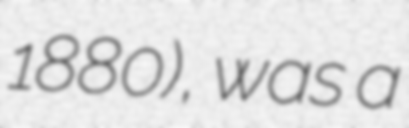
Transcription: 1880), was a